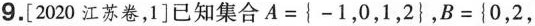
9.[ 2020江苏卷，1 ]已知集合 $$A = { - 1 ，0 ，1 ，2 }$$，$$B = { 0 ，2 ，